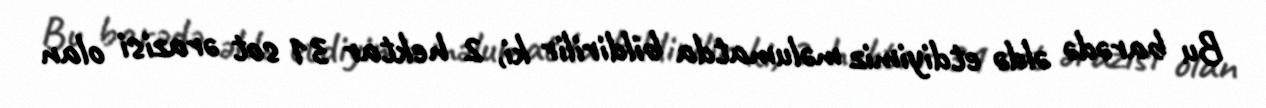
Bu barədə əldə etdiyimiz məlumatda bildirilir ki, 2 hektar 31 sot ərazisi olan